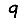
Digit: 9